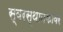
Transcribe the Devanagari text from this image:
स्वरस्थानकावर